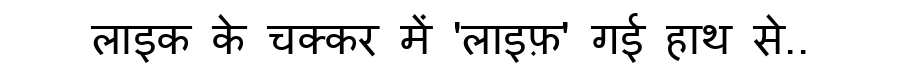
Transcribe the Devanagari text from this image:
लाइक के चक्कर में 'लाइफ़' गई हाथ से..